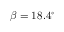
\beta = 1 8 . 4 ^ { \circ }